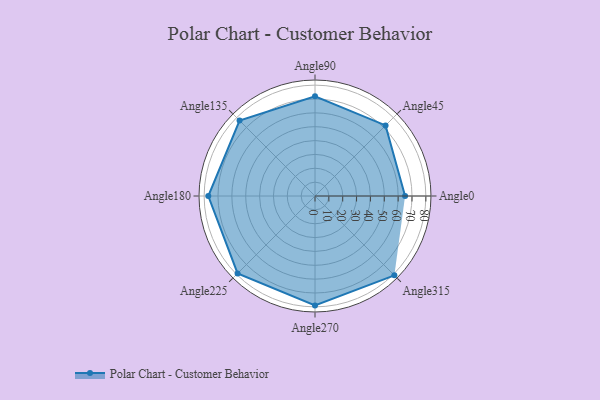
{"axis": {"x": "Angle", "y": "Radius"}, "legend": [""], "data": [{"x": "Angle0", "y": 65.0, "type": ""}, {"x": "Angle45", "y": 72.0, "type": ""}, {"x": "Angle90", "y": 72.0, "type": ""}, {"x": "Angle135", "y": 77.0, "type": ""}, {"x": "Angle180", "y": 77.0, "type": ""}, {"x": "Angle225", "y": 79.0, "type": ""}, {"x": "Angle270", "y": 79.0, "type": ""}, {"x": "Angle315", "y": 81.0, "type": ""}]}